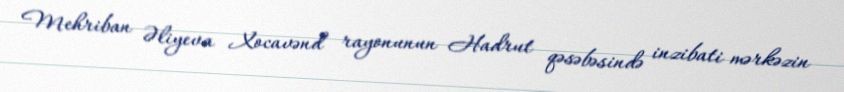
Mehriban Əliyeva Xocavənd rayonunun Hadrut qəsəbəsində inzibati mərkəzin